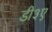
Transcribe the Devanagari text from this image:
डी३ए